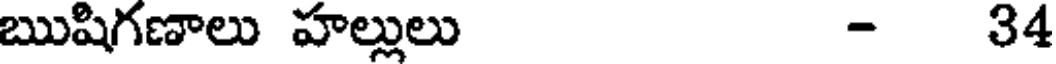
ఋషిగణాలు హల్లులు - 34